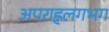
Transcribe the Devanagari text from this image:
अपराह्नलगभग